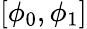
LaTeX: [\phi_{0},\phi_{1}]